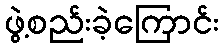
ဖွဲ့စည်းခဲ့ကြောင်း